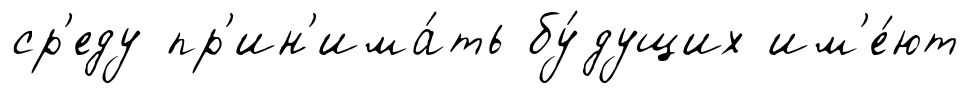
ср'еду пр'ин'има́ть бу́дущих им'е́ют